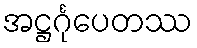
အဋ္ဌင်္ဂုပေတဿ